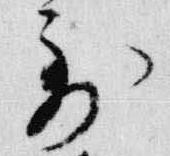
到